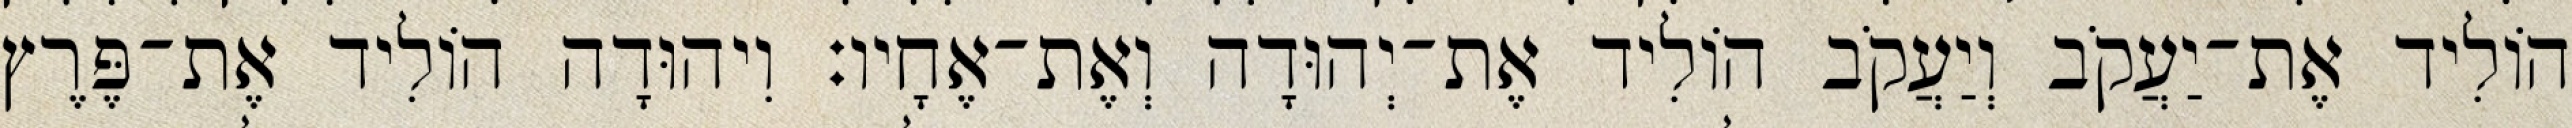
הוֹלִיד אֶת־יַעֲקֹב וְיַעֲקֹב הוֹלִיד אֶת־יְהוּדָה וְאֶת־אֶחָיו׃ וִיהוּדָה הוֹלִיד אֶת־פֶּרֶץ